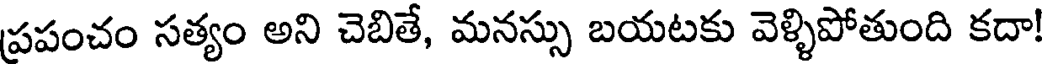
ప్రపంచం సత్యం అని చెబితే, మనస్సు బయటకు వెళ్ళిపోతుంది కదా!